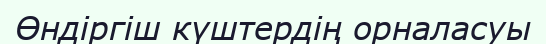
Өндіргіш күштердің орналасуы